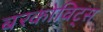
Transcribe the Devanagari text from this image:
बरकोविट्स